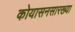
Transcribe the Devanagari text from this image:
कोयासनसारख्या